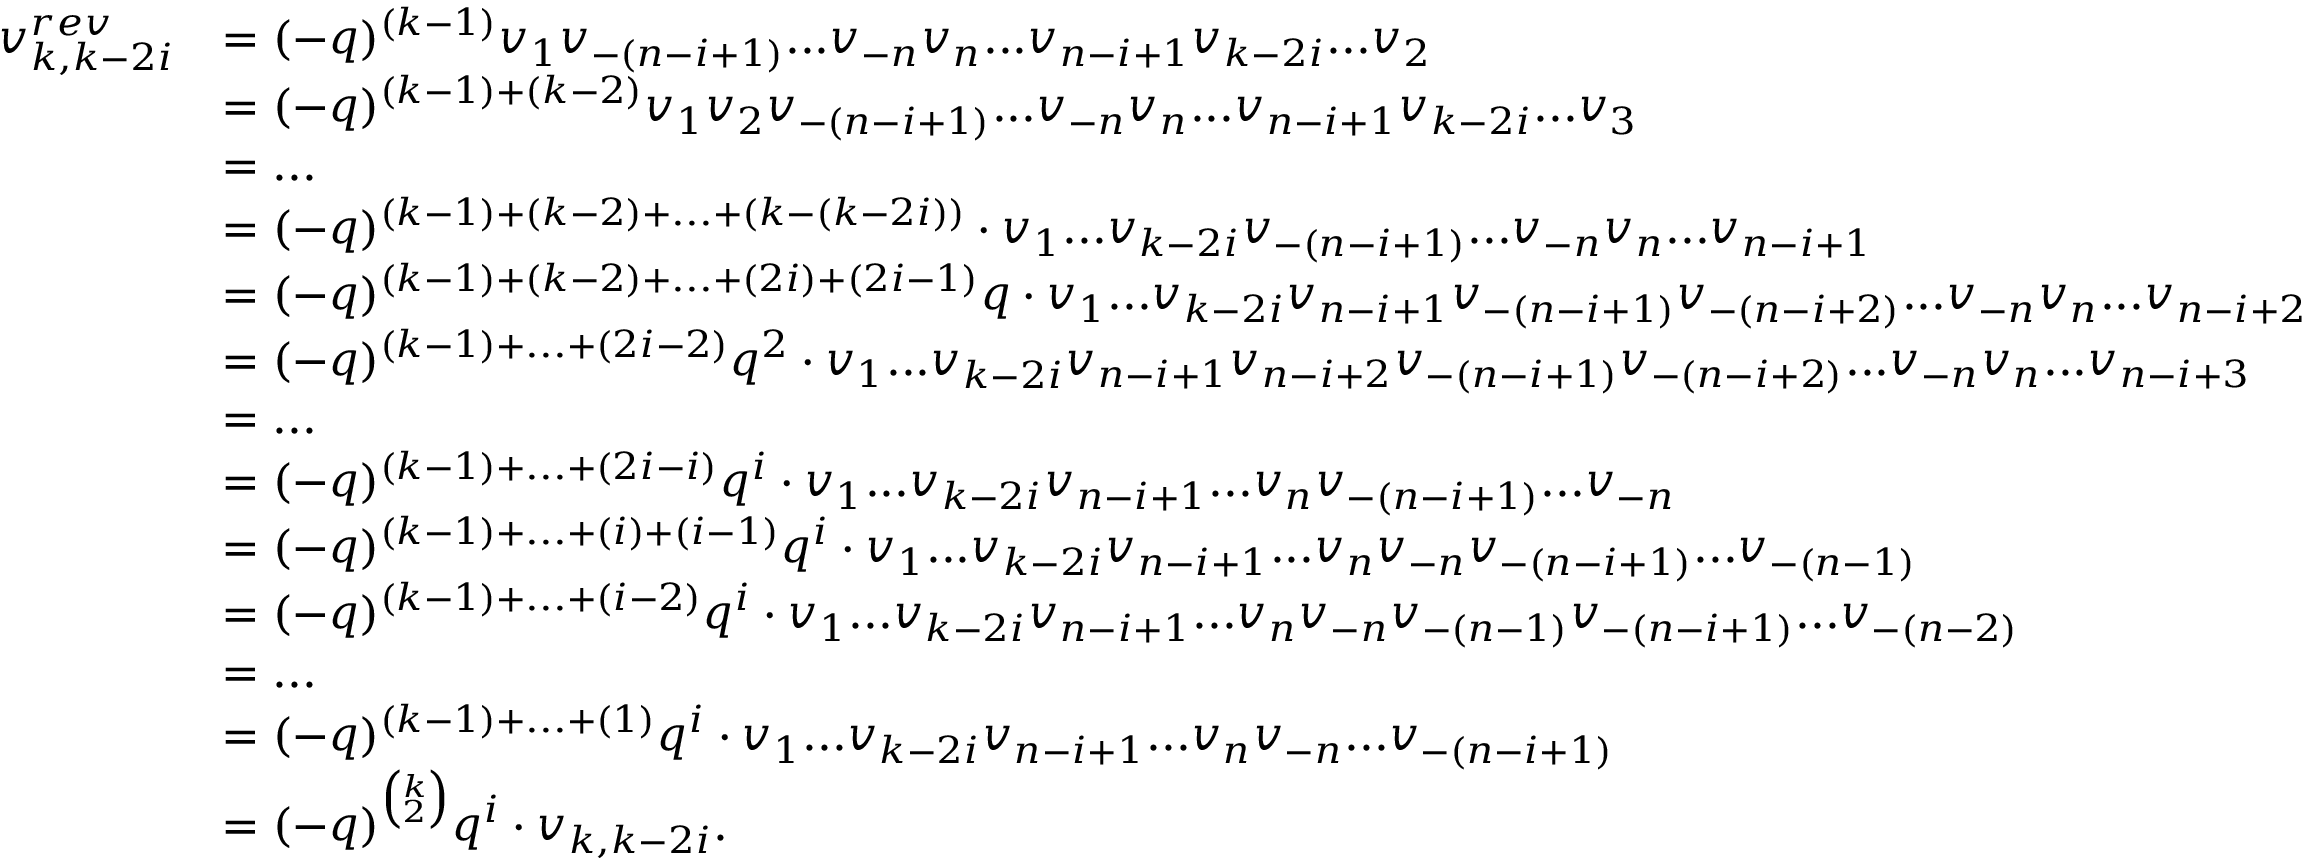
\begin{array} { r l } { v _ { k , k - 2 i } ^ { r e v } } & { = ( - q ) ^ { ( k - 1 ) } v _ { 1 } v _ { - ( n - i + 1 ) } \mathrm { . . . } v _ { - n } v _ { n } \mathrm { . . . } v _ { n - i + 1 } v _ { k - 2 i } \mathrm { . . . } v _ { 2 } } \\ & { = ( - q ) ^ { ( k - 1 ) + ( k - 2 ) } v _ { 1 } v _ { 2 } v _ { - ( n - i + 1 ) } \mathrm { . . . } v _ { - n } v _ { n } \mathrm { . . . } v _ { n - i + 1 } v _ { k - 2 i } \mathrm { . . . } v _ { 3 } } \\ & { = \mathrm { . . . } } \\ & { = ( - q ) ^ { ( k - 1 ) + ( k - 2 ) + \mathrm { . . . } + ( k - ( k - 2 i ) ) } \cdot v _ { 1 } \mathrm { . . . } v _ { k - 2 i } v _ { - ( n - i + 1 ) } \mathrm { . . . } v _ { - n } v _ { n } \mathrm { . . . } v _ { n - i + 1 } } \\ & { = ( - q ) ^ { ( k - 1 ) + ( k - 2 ) + \mathrm { . . . } + ( 2 i ) + ( 2 i - 1 ) } q \cdot v _ { 1 } \mathrm { . . . } v _ { k - 2 i } v _ { n - i + 1 } v _ { - ( n - i + 1 ) } v _ { - ( n - i + 2 ) } \mathrm { . . . } v _ { - n } v _ { n } \mathrm { . . . } v _ { n - i + 2 } } \\ & { = ( - q ) ^ { ( k - 1 ) + \mathrm { . . . } + ( 2 i - 2 ) } q ^ { 2 } \cdot v _ { 1 } \mathrm { . . . } v _ { k - 2 i } v _ { n - i + 1 } v _ { n - i + 2 } v _ { - ( n - i + 1 ) } v _ { - ( n - i + 2 ) } \mathrm { . . . } v _ { - n } v _ { n } \mathrm { . . . } v _ { n - i + 3 } } \\ & { = \mathrm { . . . } } \\ & { = ( - q ) ^ { ( k - 1 ) + \mathrm { . . . } + ( 2 i - i ) } q ^ { i } \cdot v _ { 1 } \mathrm { . . . } v _ { k - 2 i } v _ { n - i + 1 } \mathrm { . . . } v _ { n } v _ { - ( n - i + 1 ) } \mathrm { . . . } v _ { - n } } \\ & { = ( - q ) ^ { ( k - 1 ) + \mathrm { . . . } + ( i ) + ( i - 1 ) } q ^ { i } \cdot v _ { 1 } \mathrm { . . . } v _ { k - 2 i } v _ { n - i + 1 } \mathrm { . . . } v _ { n } v _ { - n } v _ { - ( n - i + 1 ) } \mathrm { . . . } v _ { - ( n - 1 ) } } \\ & { = ( - q ) ^ { ( k - 1 ) + \mathrm { . . . } + ( i - 2 ) } q ^ { i } \cdot v _ { 1 } \mathrm { . . . } v _ { k - 2 i } v _ { n - i + 1 } \mathrm { . . . } v _ { n } v _ { - n } v _ { - ( n - 1 ) } v _ { - ( n - i + 1 ) } \mathrm { . . . } v _ { - ( n - 2 ) } } \\ & { = \mathrm { . . . } } \\ & { = ( - q ) ^ { ( k - 1 ) + \mathrm { . . . } + ( 1 ) } q ^ { i } \cdot v _ { 1 } \mathrm { . . . } v _ { k - 2 i } v _ { n - i + 1 } \mathrm { . . . } v _ { n } v _ { - n } \mathrm { . . . } v _ { - ( n - i + 1 ) } } \\ & { = ( - q ) ^ { \binom { k } { 2 } } q ^ { i } \cdot v _ { k , k - 2 i } . } \end{array}